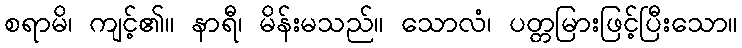
စရာမိ၊ ကျင့်၏။ နာရီ၊ မိန်းမသည်။ သောလံ၊ ပတ္တမြားဖြင့်ပြီးသော။